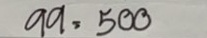
99 = 500